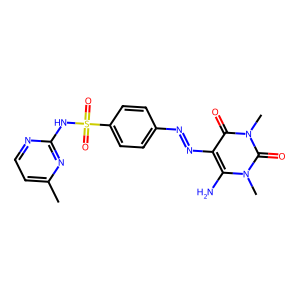
SMILES: Cc1ccnc(NS(=O)(=O)c2ccc(N=Nc3c(N)n(C)c(=O)n(C)c3=O)cc2)n1
Inhibits HIV replication: No